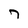
Character: 7